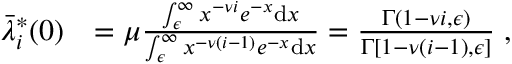
\begin{array} { r l } { \bar { \lambda } _ { i } ^ { * } ( 0 ) } & { = \mu \frac { \int _ { \epsilon } ^ { \infty } x ^ { - \nu i } e ^ { - x } \mathrm { d } x } { \int _ { \epsilon } ^ { \infty } x ^ { - \nu ( i - 1 ) } e ^ { - x } \mathrm { d } x } = \frac { \Gamma ( 1 - \nu i , \epsilon ) } { \Gamma [ 1 - \nu ( i - 1 ) , \epsilon ] } \; , } \end{array}